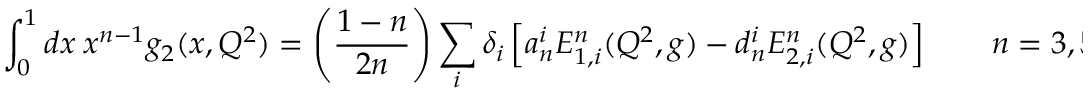
\int _ { 0 } ^ { 1 } d x ~ x ^ { n - 1 } g _ { 2 } ( x , Q ^ { 2 } ) = \left( \frac { 1 - n } { 2 n } \right) \sum _ { i } \delta _ { i } \left[ a _ { n } ^ { i } E _ { 1 , i } ^ { n } ( Q ^ { 2 } , g ) - d _ { n } ^ { i } E _ { 2 , i } ^ { n } ( Q ^ { 2 } , g ) \right] \qquad n = 3 , 5 , 7 \dots